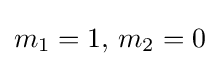
m_{1}=1,\,m_{2}=0